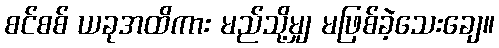
စင်စစ် ယခုအထိကား မည်သို့မျှ မဖြစ်ခဲ့သေးချေ။